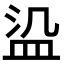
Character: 𬐛